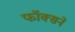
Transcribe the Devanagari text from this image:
फॉक्सने